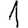
Digit: 1